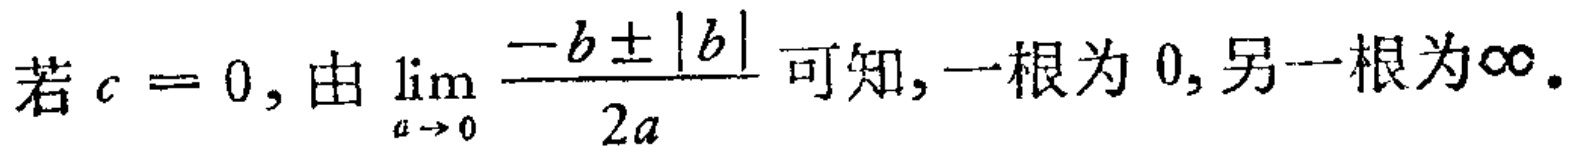
若\(c = 0\)，由\(\lim_{a \to 0} \frac{-b \pm |b|}{2a}\)可知，一根为\(0\)，另一根为\(\infty\)。